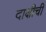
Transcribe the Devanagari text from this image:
दाक्षीची